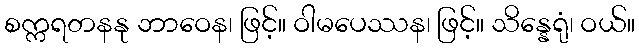
စက္ကရတနနု ဘာဝေန၊ ဖြင့်။ ဝါမပေဿန၊ ဖြင့်။ သိန္နေရုံ၊ ဝယ်။